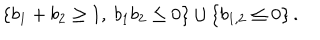
\left\{ b _ { 1 } + b _ { 2 } \geq 1 , \ b _ { 1 } b _ { 2 } \leq 0 \right\} \cup \left\{ b _ { 1 , 2 } \leq 0 \right\} .